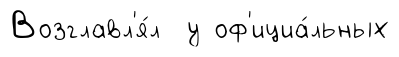
Возглавл'я́л у оф'ициа́льных